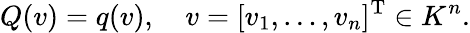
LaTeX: Q(v)=q(v),\quad v=[v_{1},\ldots,v_{n}]^{\mathrm{T}}\in K^{n}.